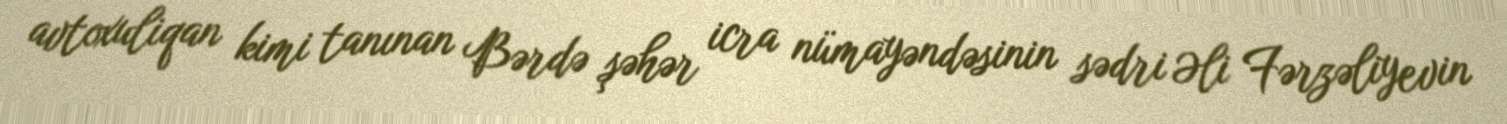
avtoxuliqan kimi tanınan Bərdə şəhər icra nümayəndəsinin sədri Əli Fərzəliyevin